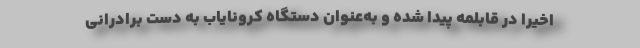
اخیراً درِ قابلمه پیدا شده و به‌عنوان دستگاه کرونایاب به دست برادرانی